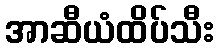
အာဆီယံထိပ်သီး